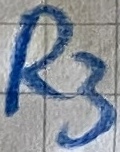
Text: R3